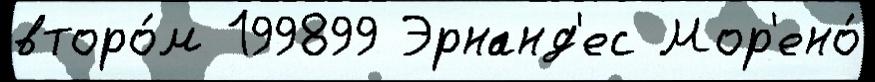
второ́м 199899 Эрнанд'ес Мор'ено́